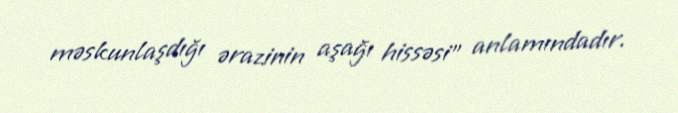
məskunlaşdığı ərazinin aşağı hissəsi" anlamındadır.